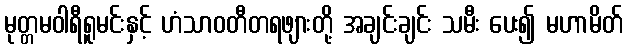
မုတ္တမဝါရီရူမင်းနှင့် ဟံသာဝတီတရဖျားတို့ အချင်းချင်း သမီး ပေး၍ မဟာမိတ်